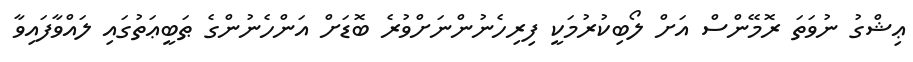
ޢިޝްގު ނުވަތަ ރޮމޭންސް އަށް ލޯބިކުރުމަކީ ފިރިހެނުންނަށްވުރެ ބޮޑަށް އަންހެނުންގެ ޠަބީޢަތުގައި ލައްވާފައިވާ